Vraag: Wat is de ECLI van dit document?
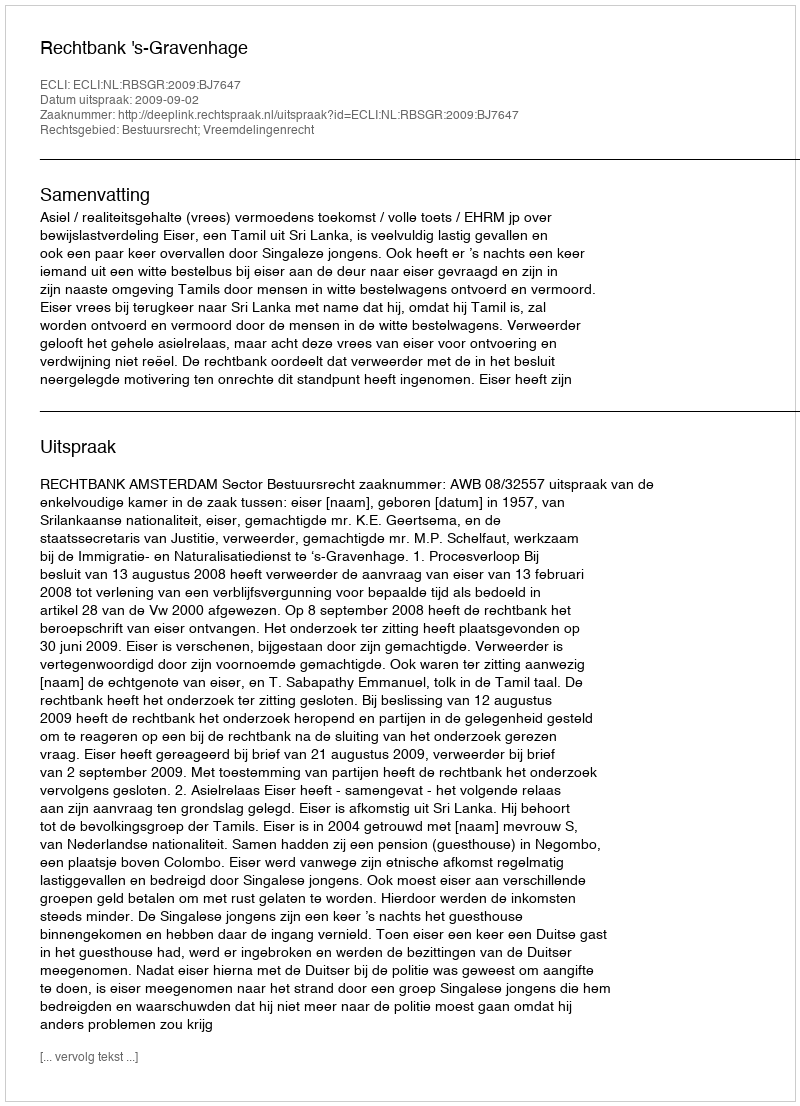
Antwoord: ECLI:NL:RBSGR:2009:BJ7647